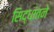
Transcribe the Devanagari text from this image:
सिद्धांतने